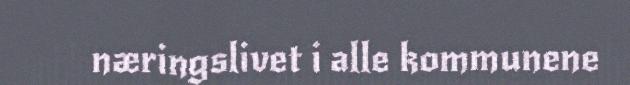
næringslivet i alle kommunene